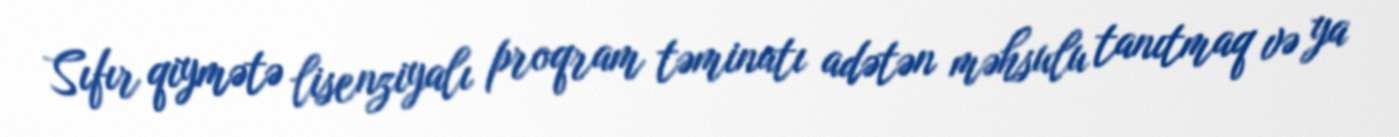
Sıfır qiymətə lisenziyalı proqram təminatı adətən məhsulu tanıtmaq və ya